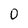
Character: o